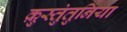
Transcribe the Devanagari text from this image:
क़ुस्तुंतुनिया